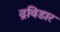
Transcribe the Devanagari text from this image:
द्रविडार